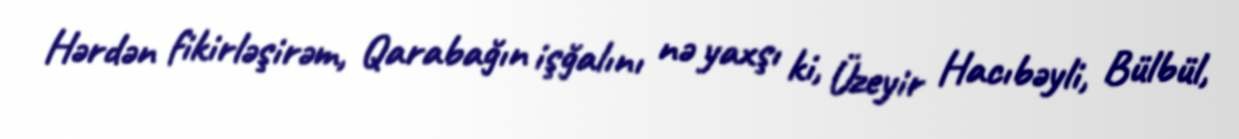
Hərdən fikirləşirəm, Qarabağın işğalını nə yaxşı ki, Üzeyir Hacıbəyli, Bülbül,